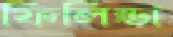
ফিলিন্ডা